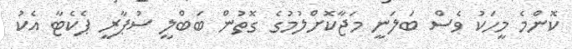
ކޮންމެ މީހަކު ވެސް ބަލަނީ މަޖާކޮށްލުމުގެ ގޮތުން ބަބްލީ ސުޕާރީ ޕެކެޓާ އެކު